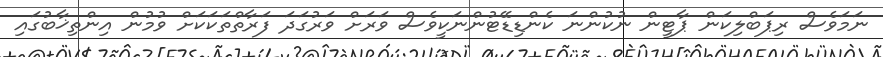
ނަމަވެސް ރިޕަބްލިކަން ޕާޓީން ނުކުންނަ ކެންޑިޑޭޓުންނަކީވެސް ވަރަށް ވަރުގަދަ ފަރާތްތަކަކަށް ވުމުން އިންތިޚާބުގައި